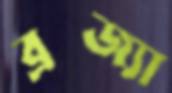
ব্রজ্যা